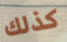
كذلك